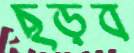
ছড়ব